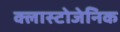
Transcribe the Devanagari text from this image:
क्लास्टोजेनिक